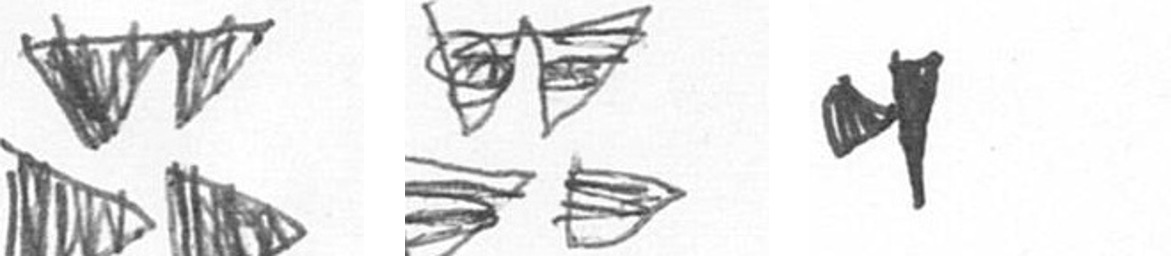
B B M